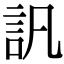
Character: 訉